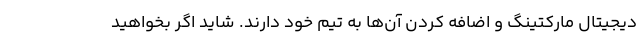
دیجیتال مارکتینگ و اضافه کردن آن‌ها به تیم خود دارند. شاید اگر بخواهید